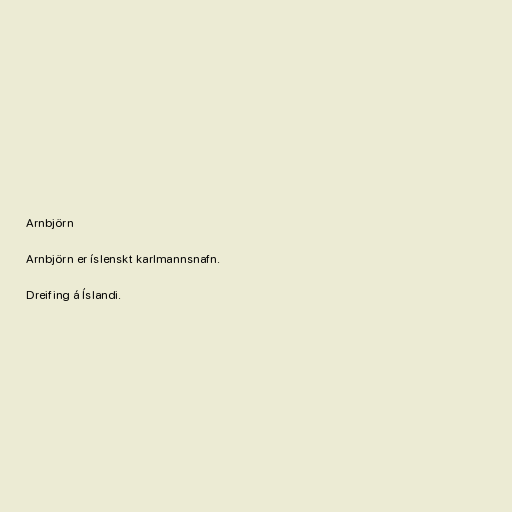
Arnbjörn

Arnbjörn er íslenskt karlmannsnafn.

Dreifing á Íslandi.